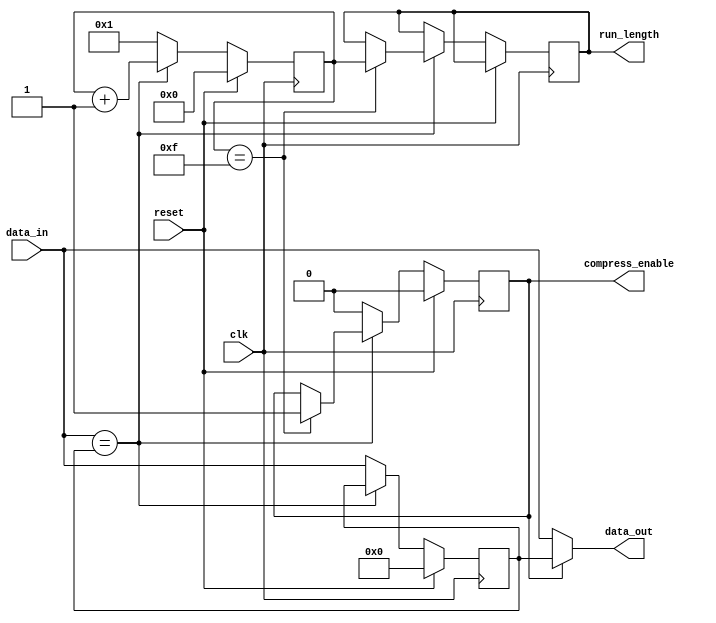
module lossless_compressor (input clk, reset,
                            input [7:0] data_in,
                            output reg [7:0] data_out,
                            output reg compress_enable,
                            output reg [3:0] run_length);
 
  reg [7:0] last_data;
  reg [3:0] count;
  
  always @(posedge clk) begin
    if (reset) begin
      last_data <= 8'b0;
      count <= 4'b0;
      compress_enable <= 1'b0;
    end else begin
      if (data_in == last_data) begin
        count <= count + 1;
        if (count == 15) begin
          compress_enable <= 1'b1;
          run_length <= count;
        end
      end else begin
        last_data <= data_in;
        count <= 1;
        compress_enable <= 1'b0;
      end
    end
  end
  
  assign data_out = (compress_enable) ? last_data : data_in;
endmodule